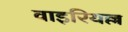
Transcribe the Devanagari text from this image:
वाइरियल्ल